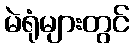
မဲရုံများတွင်